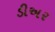
ડીઅર